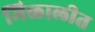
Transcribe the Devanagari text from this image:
मिळालीत